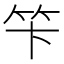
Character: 笇